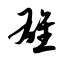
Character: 雄